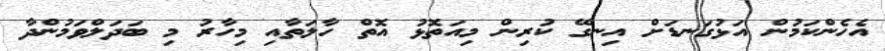
އެހެންކަމުން އަޅުގަނޑަށް އިނގޭ ކުރިން މިއަތޮޅު އޮތް ހާލަތާއި މިހާރު މި ބަދަލްވަމުންދާ